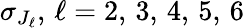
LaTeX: \sigma_{J_{\ell}},\, \ell=2,\, 3,\, 4,\, 5,\, 6